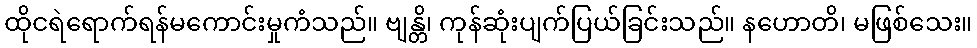
ထိုငရဲရောက်ရန်မကောင်းမှုကံသည်။ ဗျန္တိ၊ ကုန်ဆုံးပျက်ပြယ်ခြင်းသည်။ နဟောတိ၊ မဖြစ်သေး။